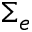
\Sigma _ { e }